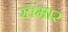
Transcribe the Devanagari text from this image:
खंमार